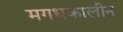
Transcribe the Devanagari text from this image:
मगधकालीन